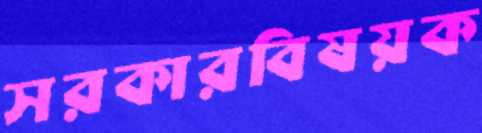
সরকারবিষয়ক